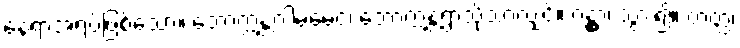
နေရာအရပ်ဖြစ်သော။ ဘောက္ကန္တဂါမမေဝ၊ ဘောက္ကန္တရွာသို့သာလျှင်။ ဂန္တွာ၊ သွား၍။ တတ္ထ၊